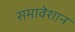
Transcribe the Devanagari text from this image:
समावेशान